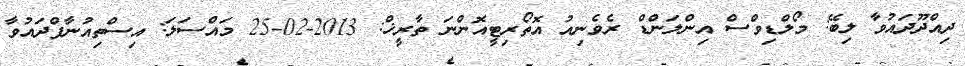
ދިއްދޫދައުވާ ލިބޭ: މޯލްޑިވްސް އިންލަންޑް ރެވެނިއު އޮތޯރިޓީއޮންނަ ތާރީޚް: 2013-02-25 މައްސަލަ: އިސްތިއުނާފްދައުވާ